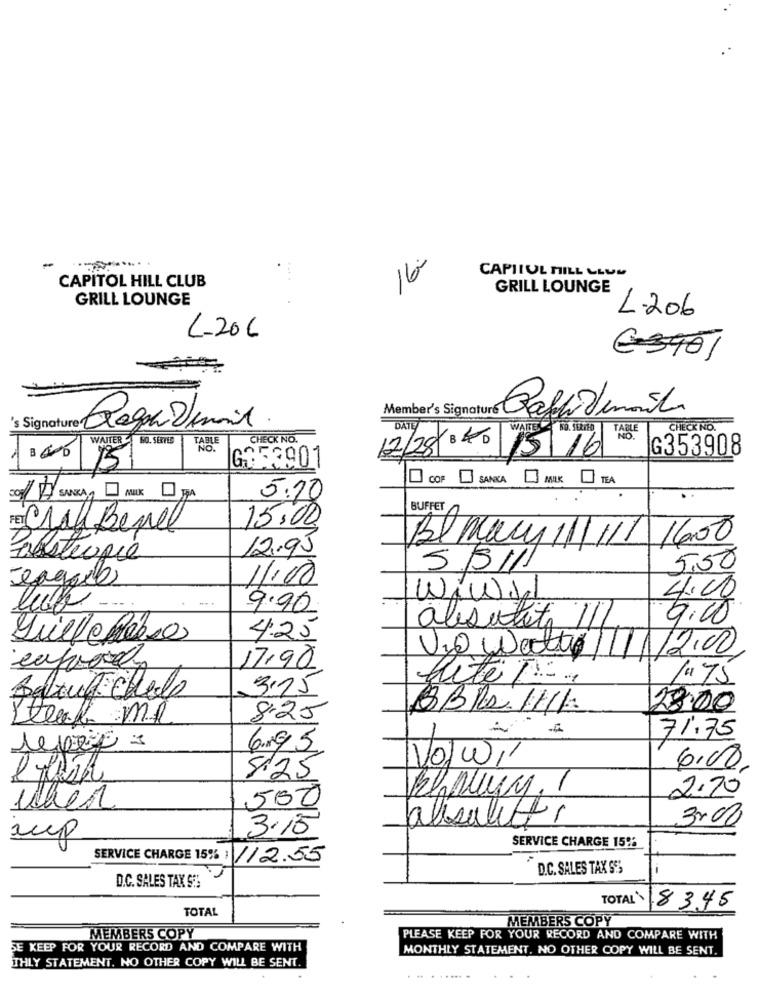
16.
CAPITOL HILL LLUM
CAPITOL HILL CLUB
GRILL LOUNGE
GRILL LOUNGE
L.206
L-20C
€3901
Member's Signature Bafaidenice
CHECK NO.
CHECK NO.
WALTER BO. SERVED
TABLE
G353908
GA53901
12/28 040 15 16 25
151
I COF [] SANCAMILK
5:10
BUFFET
15.00
Cral Benel
Bl macy 11/11/ 1600
12.95
Posteopie
5/5/11
5,50
11:00
WiWy
4.00
luff
9.90
11
9.00
alsutit
4.25
V20 Detto/11/12.00
17,90
/4 75
3.75
fite T-
BBRa /H16
28:00
Steak MR
8.25
71.75
repec :
6.95
Vo/w//
6.00.
8:25
2.70
500
when
3200
3.15
alisaletti
SERVICE CHARGE 15%
iup
SERVICE CHARGE 15% : 112.55
D.C. SALES TAX SS
-
D.C. SALES TAX 93
TOTAL
TOTAL
83.45
MEMBERS COPY
MEMBERS COPY
PLEASE KEEP FOR YOUR RECORD AND COMPARE WITH
SE KEEP FOR YOUR RECORD AND COMPARE WITH
MONTHLY STATEMENT, NO OTHER COPY WILL BE SENT.
THLY STATEMENT. NO OTHER COPY WILL BE SENT.